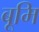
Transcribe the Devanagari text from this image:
बूमि